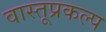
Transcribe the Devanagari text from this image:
वास्तूप्रकल्प